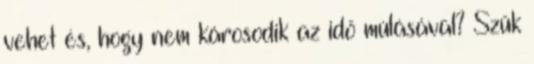
vehet és, hogy nem károsodik az idő múlásával? Szűk